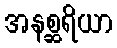
အနစ္ဆရိယာ